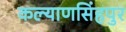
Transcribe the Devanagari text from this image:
कल्याणसिंहपुर